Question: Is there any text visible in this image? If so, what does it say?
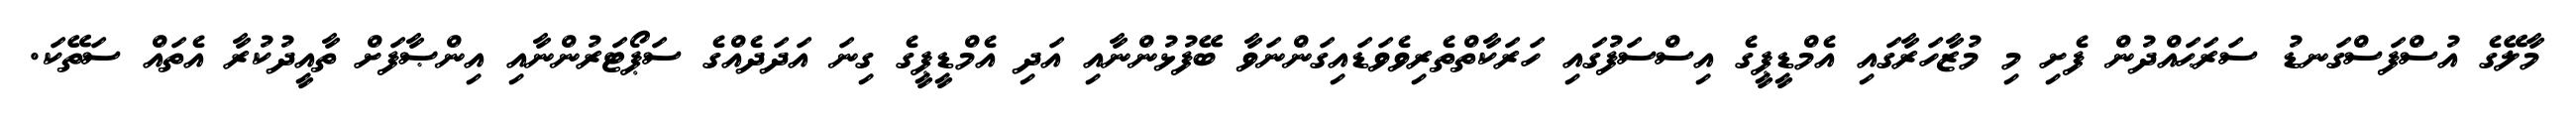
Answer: މާލޭގެ އުސްފަސްގަނޑު ސަރަޙައްދުން ފެށި މި މުޒާހަރާގައި އެމްޑީޕީގެ އިސްސަފުގައި ހަރަކާތްތެރިވެވަޑައިގަންނަވާ ބޭފުޅުންނާއި އަދި އެމްޑީޕީގެ ގިނަ އަދަދެއްގެ ސަޕޯޓަރުންނާއި އިންޞާފަށް ތާއީދުކުރާ އެތައް ސަތޭކަ.